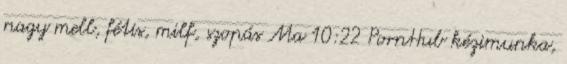
nagy mell, fétis, milf, szopás Ma 10:22 PornHub kézimunka,